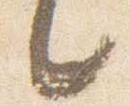
言